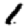
Digit: 1